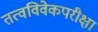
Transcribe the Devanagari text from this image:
तत्वविवेकपरीक्षा